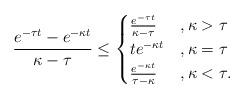
LaTeX: \begin{align*} \frac{e^{-\tau t} - e^{-\kappa t}}{\kappa - \tau} \leq \begin{cases} \frac{e^{-\tau t}}{\kappa - \tau} &, \kappa > \tau \\ t e^{-\kappa t} &, \kappa = \tau \\ \frac{e^{-\kappa t}}{\tau - \kappa} &, \kappa < \tau . \end{cases} \end{align*}